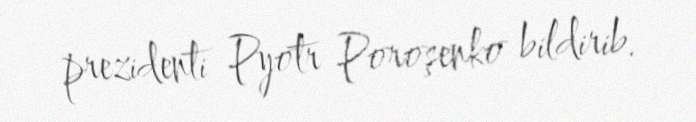
prezidenti Pyotr Poroşenko bildirib.